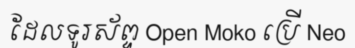
ដែលទូរស័ព្ទ Open Moko ប្រើ Neo